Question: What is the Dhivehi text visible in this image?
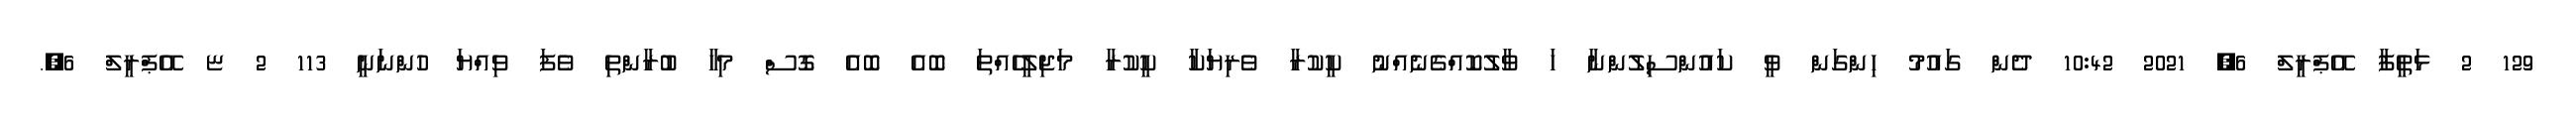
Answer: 129 2 ޅަތީފާ އޭޕްރީލް 6, 2021 10:42 ދެން ގައުމު ހިންގަން ވީ ކައުންސިލުންނާ ހަ ވާލުކޮއްގެނެއްނު ކީކުރާ ވެރިޔަކާ ކީކުރާ މަޖިލީހެއްތަ ބޮއެ ބޮއެ ގޮސް މިހާ ބުރާންތި ވެފަ ވިއްޔަ ހުންނަނީ 113 2 ޏ އޭޕްރީލް 6,.